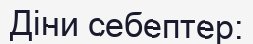
Діни себептер: